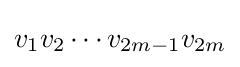
v_{1}v_{2}\cdots v_{2m-1}v_{2m}